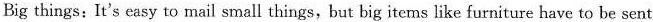
Big things： It's easy to mail small things,but big items like furniture have to be sent